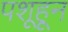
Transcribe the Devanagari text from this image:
पशूहून